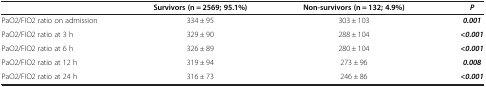
<table><thead><tr><td><b> </b></td><td><b>Survivors (n = 2569; 95.1%)</b></td><td><b>Non-survivors (n = 132; 4.9%)</b></td><td><b><i>P</i></b></td></tr></thead><tbody><tr><td>PaO2/FIO2 ratio on admission</td><td>334 ± 95</td><td>303 ± 103</td><td><b><i>0.001</i></b></td></tr><tr><td>PaO2/FIO2 ratio at 3 h</td><td>329 ± 90</td><td>288 ± 104</td><td><b><i>&lt;0.001</i></b></td></tr><tr><td>PaO2/FIO2 ratio at 6 h</td><td>326 ± 89</td><td>280 ± 104</td><td><b><i>&lt;0.001</i></b></td></tr><tr><td>PaO2/FIO2 ratio at 12 h</td><td>319 ± 94</td><td>273 ± 96</td><td><b><i>0.008</i></b></td></tr><tr><td>PaO2/FIO2 ratio at 24 h</td><td>316 ± 73</td><td>246 ± 86</td><td><b><i>&lt;0.001</i></b></td></tr></tbody></table>